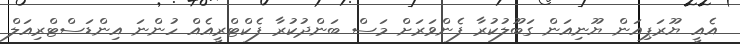
އެއީ ޔޫރަޕިއަން ޔޫނިއަން ގަބޫލުކުރާ ފެންވަރަށް މަސް ބަންދުކުރާ ފެކްޓްރީއެއް ހުންނަ އިންޑަސްޓްރިއަލް